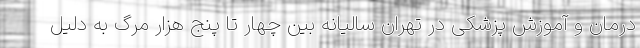
درمان و آموزش پزشکی در تهران سالیانه بین چهار تا پنج هزار مرگ به دلیل